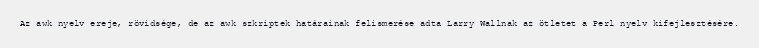
Az awk nyelv ereje, rövidsége, de az awk szkriptek határainak felismerése adta Larry Wallnak az ötletet a Perl nyelv kifejlesztésére.